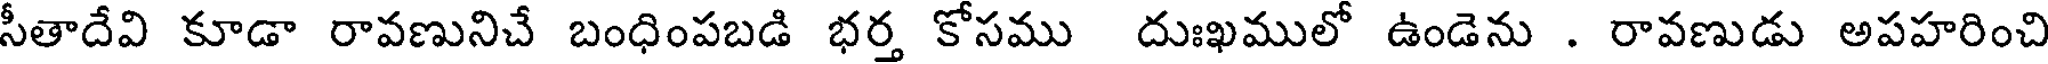
సీతాదేవి కూడా రావణునిచే బంధింపబడి భర్త కోసము దుఃఖములో ఉండెను . రావణుడు అపహరించి